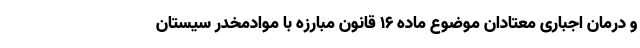
و درمان اجباری معتادان موضوع ماده ۱۶ قانون مبارزه با موادمخدر سیستان